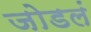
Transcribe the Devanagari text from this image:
जोडलं